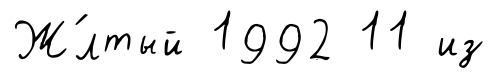
Ж́лтый 1992 11 из